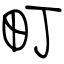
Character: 町